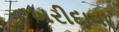
ખરીદાવા